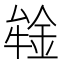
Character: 𰼪